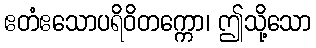
ဧတံဧသောပရိဝိတက္ကော၊ ဤသို့သော